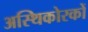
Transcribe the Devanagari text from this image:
अस्थिकोरकों